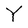
Character: Y